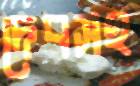
দেবসহ